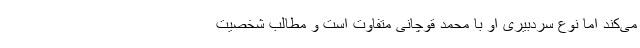
می‌کند اما نوع سردبیری او با محمد قوچانی متفاوت است و مطالب شخصیت